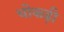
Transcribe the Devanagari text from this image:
चोकड़ी